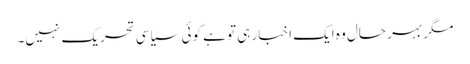
مگر بہر حال وہ ایک اخبار ہی تو ہے کوئی سیاسی تحریک نہیں۔